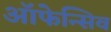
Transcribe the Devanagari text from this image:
ऑफेन्सिव